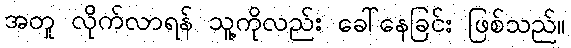
အတူ လိုက်လာရန် သူ့ကိုလည်း ခေါ်နေခြင်း ဖြစ်သည်။